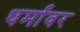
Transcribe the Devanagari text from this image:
धर्मांवर